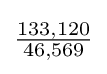
{\tfrac {133,120}{46,569}}